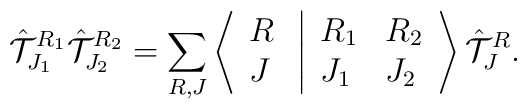
{\hat {\cal T}}_{J_1}^{R_1} {\hat {\cal T}}_{J_2}^{R_2} = \sum_{R, J} \left \langle \begin{array}{l}R \\J \end{array} \right. \left | \begin{array}{ll}R_1 & R_2 \\J_1 & J_2 \end{array} \right \rangle {\hat {\cal T}}_J^R.